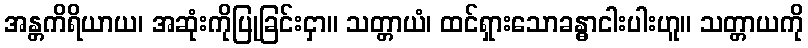
အန္တကိရိယာယ၊ အဆုံးကိုပြုခြင်းငှာ။ သတ္တာယံ၊ ထင်ရှားသောခန္ဓာငါးပါးဟူ။ သတ္တာယကို